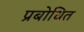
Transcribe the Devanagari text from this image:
प्रबोधित